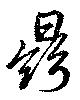
鼎